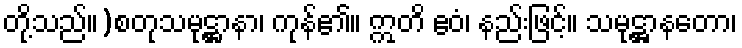
တို့သည်။)စတုသမုဋ္ဌာနာ၊ ကုန်၏။ ဣတိ ဧဝံ၊ နည်းဖြင့်။ သမုဋ္ဌာနတော၊